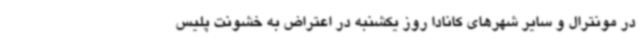
در مونترال و سایر شهرهای کانادا روز یکشنبه در اعتراض به خشونت پلیس